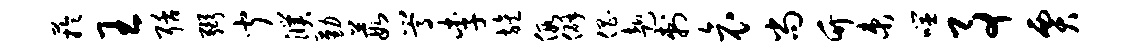
芋王聒弼闻濮勤葭嵩李旌假僻倡赴刺哀尚竹束噬事贾